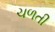
ચળતી